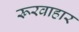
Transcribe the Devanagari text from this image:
रूरवाहार